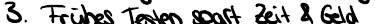
3. Frühes Testen spart Zeit & Geld